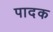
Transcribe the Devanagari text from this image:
पादक